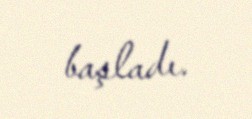
başladı.